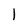
Character: 1